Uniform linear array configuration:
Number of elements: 8
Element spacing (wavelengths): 0.75
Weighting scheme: binomial
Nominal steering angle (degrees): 60
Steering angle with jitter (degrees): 61.6
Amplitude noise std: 0.05
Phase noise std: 0.05

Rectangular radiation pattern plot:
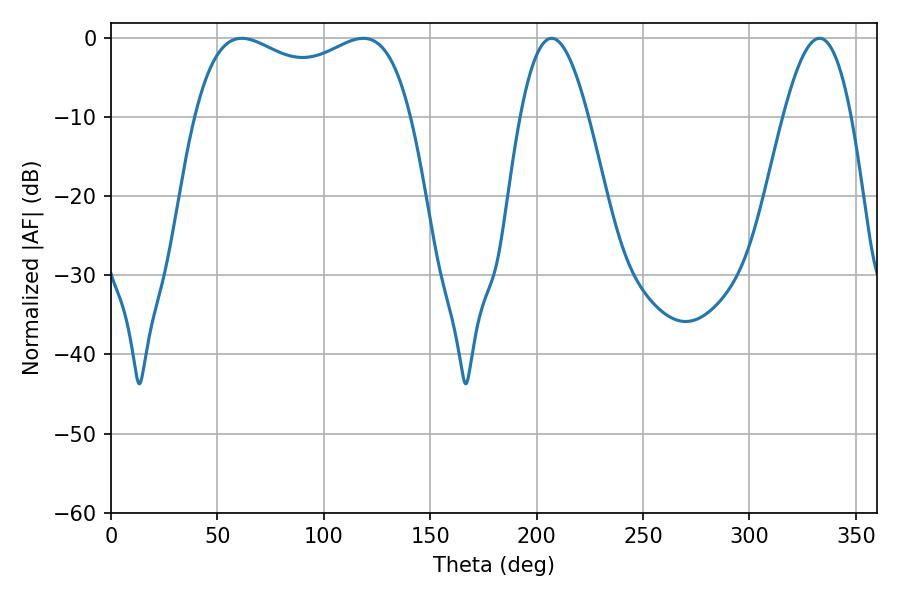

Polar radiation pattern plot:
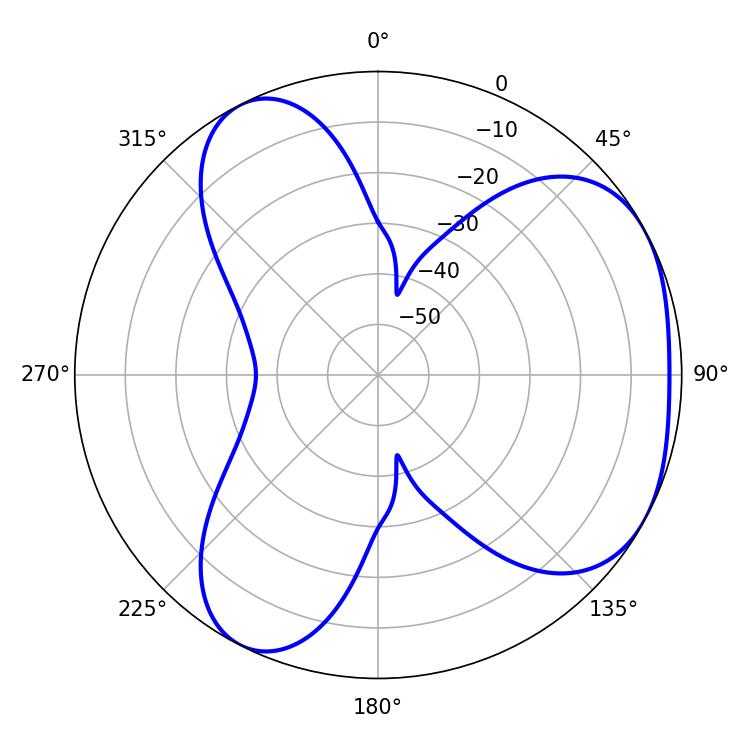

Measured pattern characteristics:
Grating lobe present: TRUE
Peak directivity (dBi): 3.985
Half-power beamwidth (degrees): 83.88
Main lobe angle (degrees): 61.38